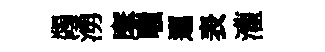
蠲湧摩嗤邐表灌